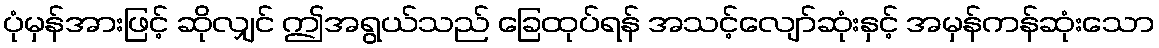
ပုံမှန်အားဖြင့် ဆိုလျှင် ဤအရွယ်သည် ခြေထုပ်ရန် အသင့်လျော်ဆုံးနှင့် အမှန်ကန်ဆုံးသော